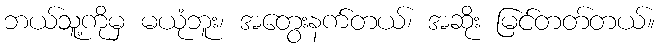
ဘယ်သူ့ကိုမှ မယုံဘူး၊ အတွေးနက်တယ်၊ အဆိုး မြင်တတ်တယ်။